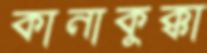
কানাকুক্কা